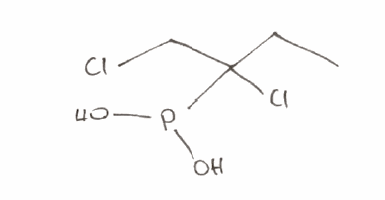
Simplified molecular-input line-entry system (SMILES) notation of the given molecule:
CCC(CCl)(P(O)O)Cl